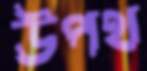
উপথ